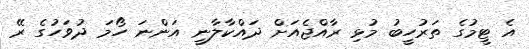
އެ ޓީމުގެ ތަރުހީބު މުޅި ރާއްޖެއަށް ދައްކާލާނީ އަންނަ ހޯމަ ދުވަހުގެ ރޭ